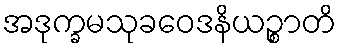
အဒုက္ခမသုခဝေဒနိယဉ္စာတိ